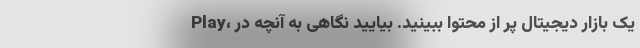
Play، یک بازار دیجیتال پر از محتوا ببینید. بیایید نگاهی به آنچه در